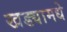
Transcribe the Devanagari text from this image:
खड्यामधे